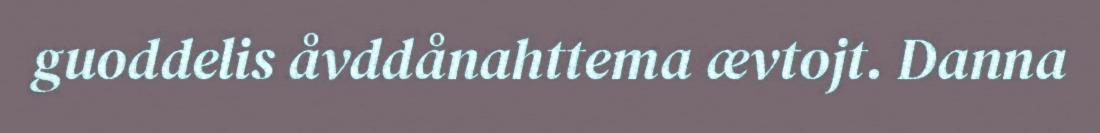
guoddelis åvddånahttema ævtojt. Danna